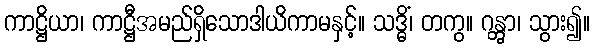
ကာဋ္ဌိယာ၊ ကာဋ္ဌီအမည်ရှိသောဒါယိကာမနှင့်။ သဒ္ဓိံ၊ တကွ။ ဂန္တွာ၊ သွား၍။